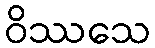
ဝိဿသေ